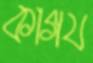
কাগয